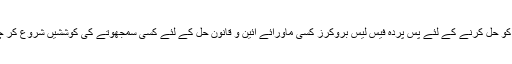
اومزید ان کو حل کرنے کے لئے پس پردہ فیس لیس بروکرز کسی ماورائے آئین و قانون حل کے لئے کسی سمجھوتے کی کوششیں شروع کر چکے ہوں۔